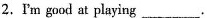
2.I'm good at playing___.